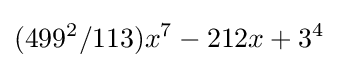
(499^{2}/113)x^{7}-212x+3^{4}